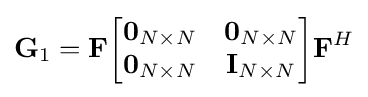
\mathbf {G} _{1}=\mathbf {F} {\begin{bmatrix}\mathbf {0} _{N\times N}&\mathbf {0} _{N\times N}\\\mathbf {0} _{N\times N}&\mathbf {I} _{N\times N}\\\end{bmatrix}}\mathbf {F} ^{H}